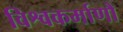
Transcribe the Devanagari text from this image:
विश्वकर्माणौ